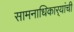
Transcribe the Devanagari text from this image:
सामनाधिकार्‍यांची